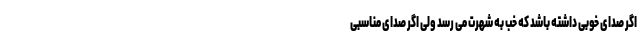
اگر صدای خوبی داشته باشد که خب به شهرت می رسد ولی اگر صدای مناسبی